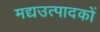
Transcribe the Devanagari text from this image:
मद्यउत्पादकों